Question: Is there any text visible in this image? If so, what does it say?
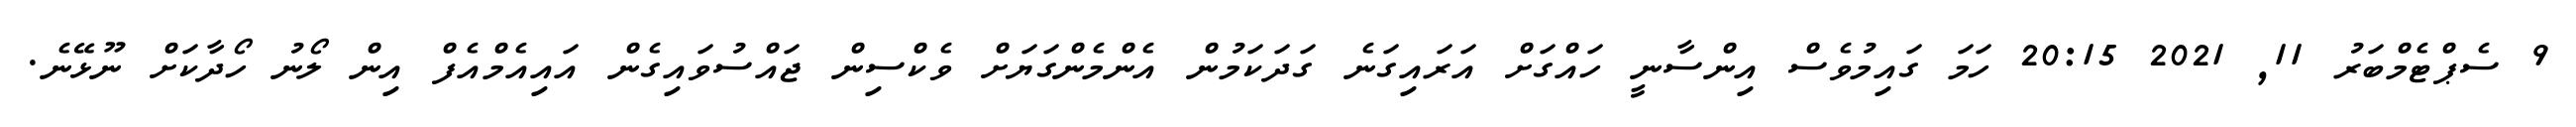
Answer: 9 ސެޕްޓެމްބަރު 11, 2021 20:15 ހަމަ ގައިމުވެސް އިންސާނީ ހައްގަށް އަރައިގަނެ ގަދަކަމުން އެންމެންގަޔަށް ވެކްސިން ޖައްސުވައިގެން އައިއެމްއެފް އިން ލޯނު ހޯދާކަށް ނޫޅޭނެ.